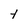
Character: Y